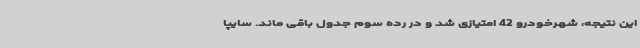
این نتیجه، شهرخودرو 42 امتیازی شد و در رده سوم جدول باقی ماند. سایپا